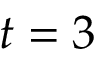
t = 3